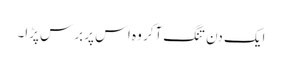
ایک دن تنگ آکر وہ اس پر برس پڑا۔